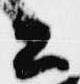
公